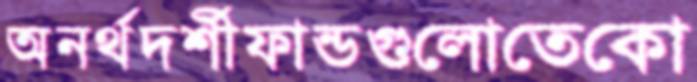
অনর্থদর্শীফান্ডগুলোতেকো